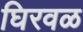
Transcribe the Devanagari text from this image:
घिरवळ